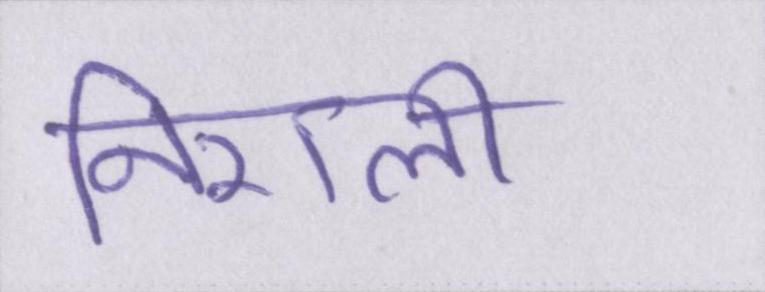
निराली